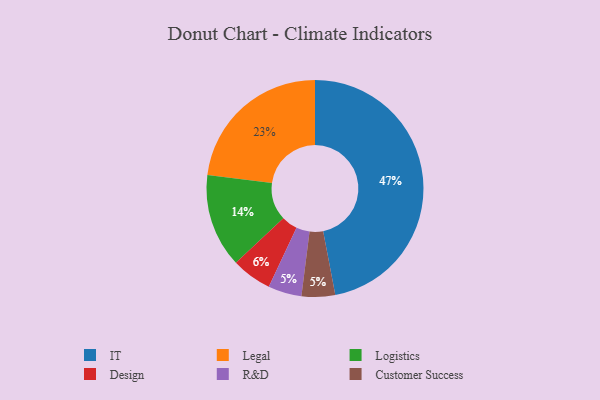
{"axis": {"x": "Category", "y": "Percentage"}, "legend": ["Customer Success", "Design", "IT", "Legal", "Logistics", "R&D"], "data": [{"x": "Legal", "y": 23, "type": "Legal"}, {"x": "Logistics", "y": 14, "type": "Logistics"}, {"x": "IT", "y": 47, "type": "IT"}, {"x": "R&D", "y": 5, "type": "R&D"}, {"x": "Design", "y": 6, "type": "Design"}, {"x": "Customer Success", "y": 5, "type": "Customer Success"}]}